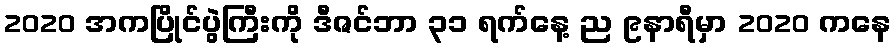
2020 အကပြိုင်ပွဲကြီးကို ဒီဇင်ဘာ ၃၁ ရက်နေ့ ည ၉နာရီမှာ 2020 ကနေ